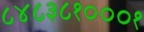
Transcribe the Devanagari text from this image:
८४८३८१०००१